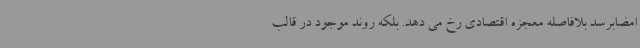
امضابرسد بلافاصله معجزه اقتصادی رخ می دهد. بلکه روند موجود در قالب